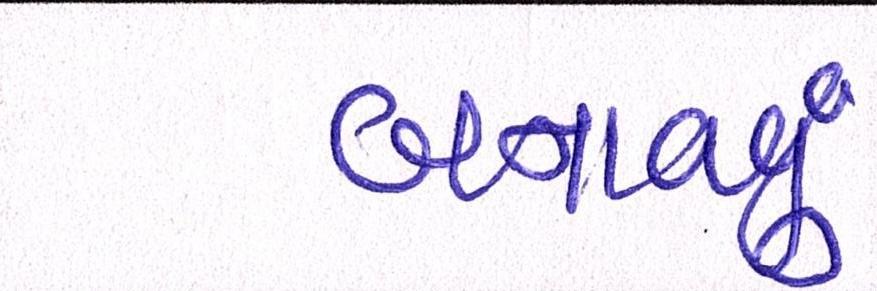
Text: બનાવવુઃ